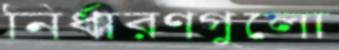
নির্ধারণগুলো